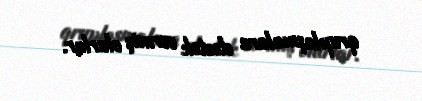
qruplaşmalara dəstək vermiş olurlar.